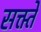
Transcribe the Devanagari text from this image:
सक्त्ते